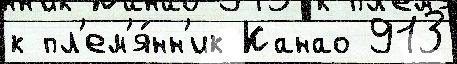
к пл'ем'я́нн'ик Канао 913